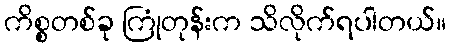
ကိစ္စတစ်ခု ကြုံတုန်းက သိလိုက်ရပါတယ်။